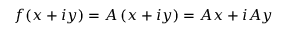
f ( x + i y ) = A \, ( x + i y ) = A x + i A y